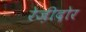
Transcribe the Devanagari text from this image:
रेज़ीदोर